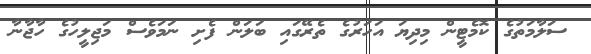
ސަލާމަތުގެ ކޮމެޓީން މިދިޔަ އަހަރުގެ ތެރޭގައި ބަލަން ފެށި ނަމަވެސް މަޖިލީހުގެ ހާޖާނާ